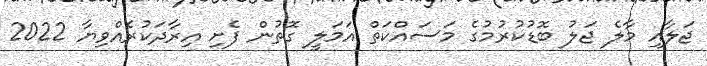
ޖަލާއި މާލެ ޖަލު ބޮޑުކުރުމުގެ މަސައްކަތް އަމަލީ ގޮތުން ފެށި އިރާދަކުރެއްވިޔާ 2022